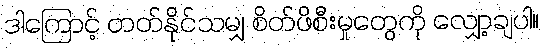
ဒါကြောင့် တတ်နိုင်သမျှ စိတ်ဖိစီးမှုတွေကို လျှော့ချပါ။